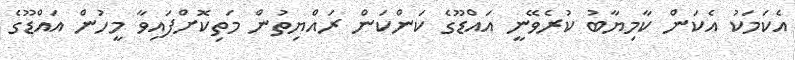
އެކަމަކު އެކަން ކާމިޔާބު ކުރެވޭނީ އައްޑޫގެ ކަންކަން ރައްޔިތުން މަތިކޮށްފައިވާ މީހުން އައްޑޫގެ